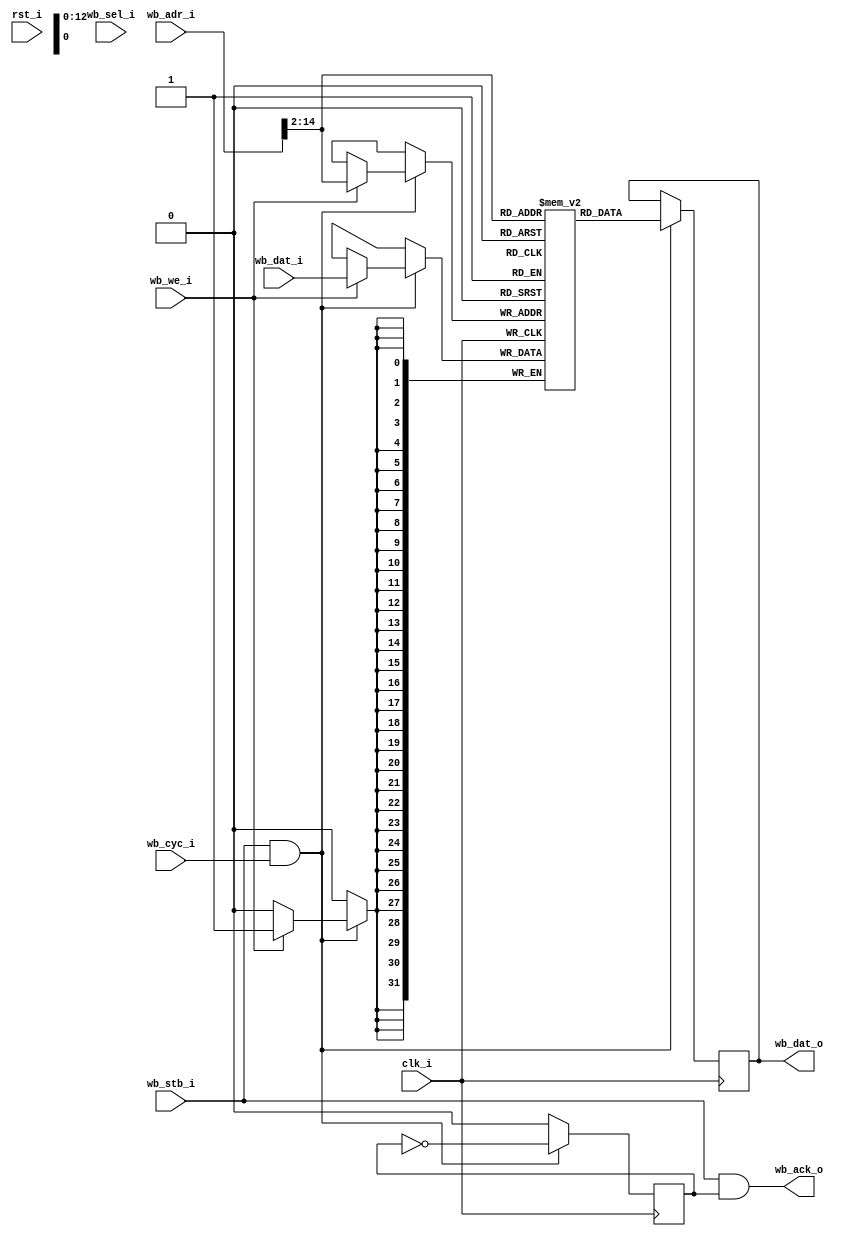
//-----------------------------------------------------------------
// Wishbone BlockRAM
//-----------------------------------------------------------------

module wb_gpio(
	input             clk_i, 
	input             rst_i,
	//
	input             wb_stb_i,
	input             wb_cyc_i,
	input             wb_we_i,
	output            wb_ack_o,
	input      [31:0] wb_adr_i,
	output reg [31:0] wb_dat_o,
	input      [31:0] wb_dat_i,
	input      [ 3:0] wb_sel_i
);

//-----------------------------------------------------------------
// Storage depth in 32 bit words
//-----------------------------------------------------------------

//-----------------------------------------------------------------t
// 
//-----------------------------------------------------------------
reg            [31:0] ram [0:8191];    // actual RAM
reg                   ack;
wire 		[12:0] adr;


assign adr        = wb_adr_i[14:2];      // 
assign wb_ack_o   = wb_stb_i & ack;

always @(posedge clk_i)
begin
	if (wb_stb_i && wb_cyc_i) // if CS enable and cycle valid 
	begin
		if (wb_we_i) 				// write cycle
			ram[ adr ] <= wb_dat_i;		// El dato de entrada, from WB se ubica en el espacio de memoria indicado por add
		
		wb_dat_o <= ram[ adr ];
		ack <= ~ack;
	end else
		ack <= 0;
    
end



endmodule